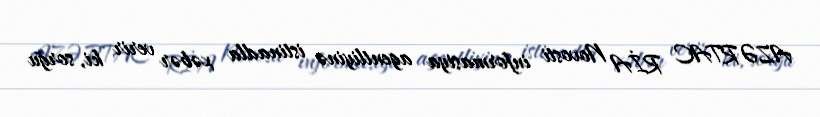
AZƏRTAC RİA Novosti informasiya agentliyinə istinadla xəbər verir ki, sorğu